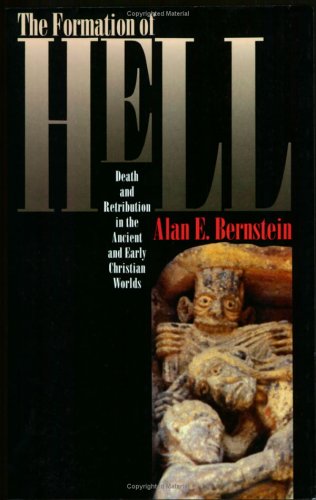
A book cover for The Formation of Hell: Death and Retribution in the Ancient and Early Christian Worlds; Alan E. Bernstein; Religion & Spirituality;